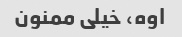
اوه، خیلی ممنون